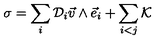
\sigma = \sum _ { i } { \cal D } _ { i } { \vec { v } } \wedge { \vec { e } } _ { i } + \sum _ { i < j } { \cal K }